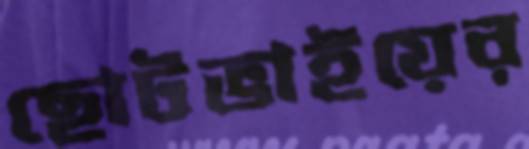
ছোটভাইয়ের